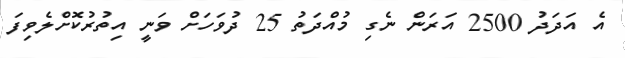
އެ އަދަދު 2500 އަރަން ނެގި މުއްދަތު 25 ދުވަހަށް ވަނީ އިތުރުކޮށްލެވިފަ